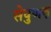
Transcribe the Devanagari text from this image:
सेवुणरु